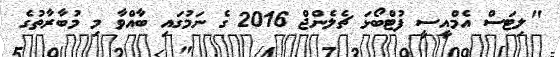
"ލިޓަސް އެމްއީސީ ފުޓްބޯޅަ ޗެލެންޖް 2016 ގެ ނަމުގައި ބާއްވާ މި މުބާރާތުގެ